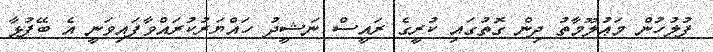
ފުލުހުން މަޢުލޫމާތު ދިން ގޮތުގައި ކުރީގެ ރައީސް ނަޝީދު ހައްޔަރުކުރައްވާފައިވަނީ އެ ބޭފުޅާ